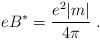
\begin{align*}e B^* = \frac {e^2 |m|} {4 \pi} \; .\end{align*}